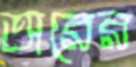
অরের